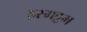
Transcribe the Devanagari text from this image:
हरमट्टम